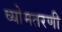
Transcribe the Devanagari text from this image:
व्योमतरणी